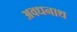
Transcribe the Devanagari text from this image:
अवधनाथ